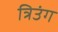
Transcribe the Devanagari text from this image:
त्रिउंग